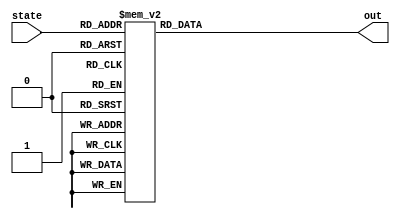
module controllerROM (
  input [3:0] state,
  output reg [39:0] out
);

  always @ ( out or state ) begin
    case (state)
   4'b0000: out = 40'b0000010001000100010000000000000001000000;
   4'b0001: out = 40'b0000010001001000101000000000010000100000;
   4'b0010: out = 40'b0000110011001000100000000010000000001100;
   4'b0011: out = 40'b0000110011010001000000000000001000000000;
   4'b0100: out = 40'b0001000100010101010010000000100000000000;
   4'b0101: out = 40'b1101101001101111100000000000000000000000;
   4'b0110: out = 40'b0001100110011101110100000000010000000000;
   4'b0111: out = 40'b0010001000011101110000000010001000001100;
   4'b1000: out = 40'b0000010001000100010001010100000010000001;
   4'b1001: out = 40'b0010101010101010100100000000010100000010;
   4'b1010: out = 40'b0000010001101010100000000011000000000100;
   4'b1011: out = 40'b0011001100110011000100000000010000000000;
   4'b1100: out = 40'b0011011101110011000000000010001000001100;
   4'b1101: out = 40'b0000010001000100010001111000000010000001;
   4'b1110: out = 40'b0000011111000111110000000000000000000000;
   4'b1111: out = 40'b0000010001000100010100000000000000010000;
    endcase
  end

endmodule